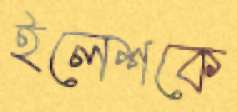
ইলেশকে